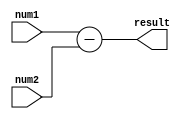
module subtractor(
    input [3:0] num1,
    input [3:0] num2,
    output reg [3:0] result
);

always @(*)
begin
    result = num1 - num2;
end

endmodule